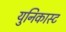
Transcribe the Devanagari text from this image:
युनिकास्ट